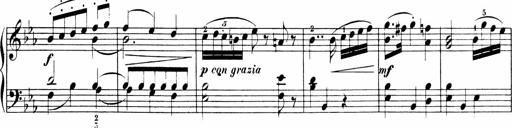
Title: Sonatinen Op.47, 98 und 136, nebst 6 Liedersonatinen
Composer: Carl Reinecke